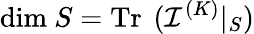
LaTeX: \mathrm{dim}\ S=\mathrm{Tr\thinspace~}({\mathcal I}^{(K)}|_{S})